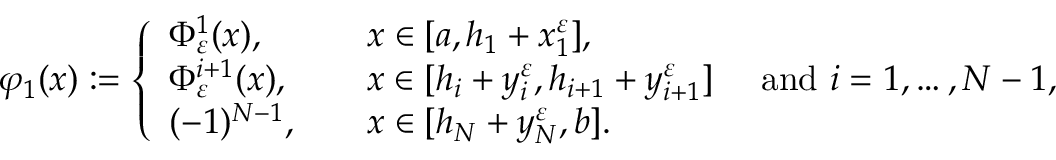
\varphi _ { 1 } ( x ) : = \left\{ \begin{array} { l l } { \Phi _ { \varepsilon } ^ { 1 } ( x ) , \qquad } & { x \in [ a , h _ { 1 } + x _ { 1 } ^ { \varepsilon } ] , } \\ { \Phi _ { \varepsilon } ^ { i + 1 } ( x ) , } & { x \in [ h _ { i } + y _ { i } ^ { \varepsilon } , h _ { i + 1 } + y _ { i + 1 } ^ { \varepsilon } ] \quad \mathrm { ~ a n d ~ } i = 1 , \dots , N - 1 , } \\ { ( - 1 ) ^ { N - 1 } , } & { x \in [ h _ { N } + y _ { N } ^ { \varepsilon } , b ] . } \end{array} \right.